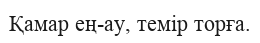
Қамар ең-ау, темір торға.